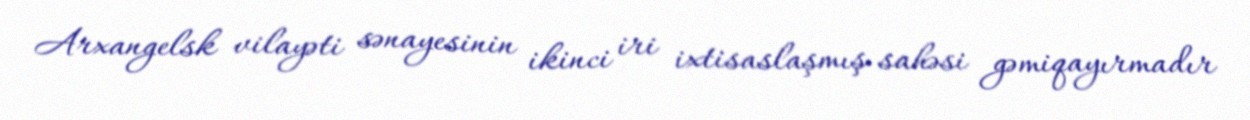
Arxangelsk vilayəti sənayesinin ikinci iri ixtisaslaşmış sahəsi gəmiqayırmadır